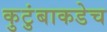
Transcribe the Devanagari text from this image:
कुटुंबाकडेच